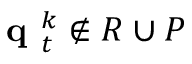
\normalfont { \textbf { q } } _ { t } ^ { k } \not \in R \cup P